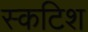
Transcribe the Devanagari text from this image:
स्कटिश